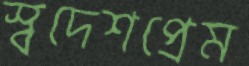
স্বদেশপ্রেম